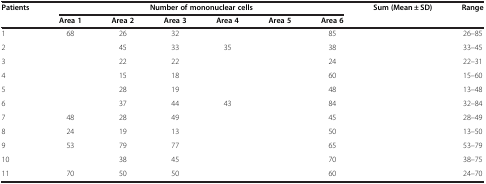
<table><thead><tr><td><b>Patients</b></td><td colspan="6"><b>Number of mononuclear cells</b></td><td><b>Sum (Mean ± SD)</b></td><td><b>Range</b></td></tr><tr><td>[EMPTY_CELL]</td><td><b>Area 1</b></td><td><b>Area 2</b></td><td><b>Area 3</b></td><td><b>Area 4</b></td><td><b>Area 5</b></td><td><b>Area 6</b></td><td>[EMPTY_CELL]</td><td>[EMPTY_CELL]</td></tr></thead><tbody><tr><td>1</td><td>68</td><td>26</td><td>32</td><td>[EMPTY_CELL]</td><td>[EMPTY_CELL]</td><td>85</td><td>[EMPTY_CELL]</td><td>26–85</td></tr><tr><td>2</td><td>[EMPTY_CELL]</td><td>45</td><td>33</td><td>35</td><td>[EMPTY_CELL]</td><td>38</td><td>[EMPTY_CELL]</td><td>33–45</td></tr><tr><td>3</td><td>[EMPTY_CELL]</td><td>22</td><td>22</td><td>[EMPTY_CELL]</td><td>[EMPTY_CELL]</td><td>24</td><td>[EMPTY_CELL]</td><td>22–31</td></tr><tr><td>4</td><td>[EMPTY_CELL]</td><td>15</td><td>18</td><td>[EMPTY_CELL]</td><td>[EMPTY_CELL]</td><td>60</td><td>[EMPTY_CELL]</td><td>15–60</td></tr><tr><td>5</td><td>[EMPTY_CELL]</td><td>28</td><td>19</td><td>[EMPTY_CELL]</td><td>[EMPTY_CELL]</td><td>48</td><td>[EMPTY_CELL]</td><td>13–48</td></tr><tr><td>6</td><td>[EMPTY_CELL]</td><td>37</td><td>44</td><td>43</td><td>[EMPTY_CELL]</td><td>84</td><td>[EMPTY_CELL]</td><td>32–84</td></tr><tr><td>7</td><td>48</td><td>28</td><td>49</td><td>[EMPTY_CELL]</td><td>[EMPTY_CELL]</td><td>45</td><td>[EMPTY_CELL]</td><td>28–49</td></tr><tr><td>8</td><td>24</td><td>19</td><td>13</td><td>[EMPTY_CELL]</td><td>[EMPTY_CELL]</td><td>50</td><td>[EMPTY_CELL]</td><td>13–50</td></tr><tr><td>9</td><td>53</td><td>79</td><td>77</td><td>[EMPTY_CELL]</td><td>[EMPTY_CELL]</td><td>65</td><td>[EMPTY_CELL]</td><td>53–79</td></tr><tr><td>10</td><td>[EMPTY_CELL]</td><td>38</td><td>45</td><td>[EMPTY_CELL]</td><td>[EMPTY_CELL]</td><td>70</td><td>[EMPTY_CELL]</td><td>38–75</td></tr><tr><td>11</td><td>70</td><td>50</td><td>50</td><td>[EMPTY_CELL]</td><td>[EMPTY_CELL]</td><td>60</td><td>[EMPTY_CELL]</td><td>24–70</td></tr></tbody></table>